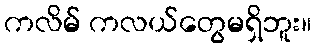
ကလိမ် ကလယ်တွေမရှိဘူး။